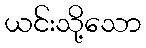
ယင်းသို့သော